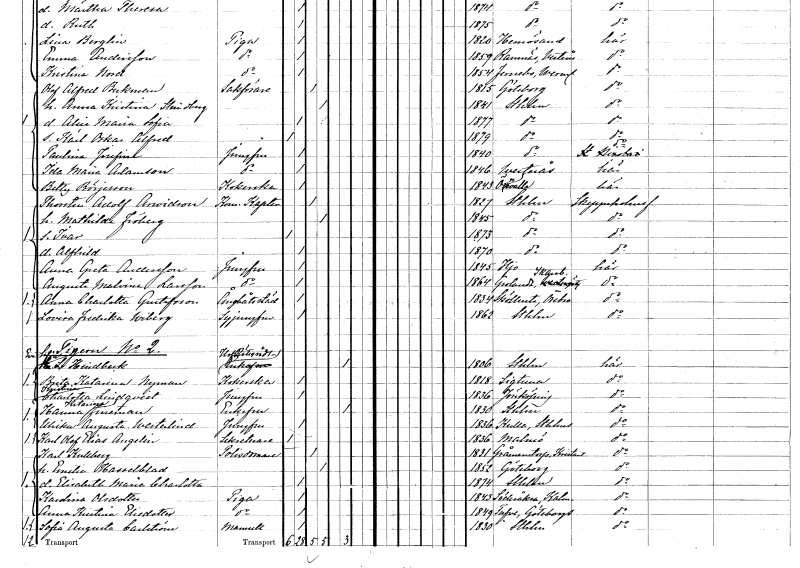
gt_parse: households: individuals: FN: Olof Alfred
EN: Beckman
YRKE: Sakförare
KON: M
CIV: G
FODAR: 1815
FODFORS: Göteborg Göteborgs- och Bohuslän
FN: Anna Kristina
EN: Strindberg
KON: K
CIV: G
FODAR: 1841
FODFORS: Stockholm
FN: Alice Maria Sofia
KON: K
CIV: O
FODAR: 1877
FODFORS: Stockholm
FN: Karl Oskar Alfred
KON: M
CIV: O
FODAR: 1879
FODFORS: Stockholm
FN: Paulina Josefina
YRKE: Jungfru
KON: K
CIV: O
FODAR: 1840
FODFORS: Stockholm
FN: Ida Maria
EN: Adamsson
YRKE: Jungfru
KON: K
CIV: O
FODAR: 1846
FODFORS: Västerås Västmanlands län
FN: Betty
EN: Börjesson
YRKE: Kokerska
KON: K
CIV: O
FODAR: 1843
FODFORS: Öxnevalla Älvsborgs län
FN: Thorsten Adolf
EN: Arwidson
YRKE: Kommendörkapten
KON: M
CIV: G
FODAR: 1827
FODFORS: Stockholm
FN: Mathilda
EN: Fröberg
KON: K
CIV: G
FODAR: 1845
FODFORS: Stockholm
FN: Ivar
KON: M
CIV: O
FODAR: 1873
FODFORS: Stockholm
FN: Alfhild
KON: K
CIV: O
FODAR: 1870
FODFORS: Stockholm
FN: Anna Greta
EN: Andersson
YRKE: Jungfru
KON: K
CIV: O
FODAR: 1845
FODFORS: Hjo Skaraborgs län
FN: Augusta Malvina
EN: Larsson
YRKE: Jungfru
KON: K
CIV: O
FODAR: 1864
FODFORS: Grolanda Skaraborgs län
FN: Anna Charlotta
EN: Gustafsson
YRKE: Ångbåtsstäderska
KON: K
CIV: O
FODAR: 1834
FODFORS: Sköllersta Örebro län
FN: Lovisa Fredrika
EN: Wiberg
YRKE: Syjungfru
KON: K
CIV: O
FODAR: 1862
FODFORS: Stockholm
FN: Eva Sofia
EN: Hindbeck
YRKE: Hovrättsrådsänka
KON: K
CIV: E
FODAR: 1806
FODFORS: Stockholm
FN: Brita Katarina
EN: Nyman
YRKE: Kokerska
KON: K
CIV: O
FODAR: 1818
FODFORS: Sigtuna Stockholms län
FN: Kristina Charlotta
EN: Lindqvist
YRKE: Jungfru
KON: K
CIV: O
FODAR: 1836
FODFORS: Jönköping Jönköpings län
FN: Hanna Katarina
EN: Fineman
KON: K
CIV: E
FODAR: 1830
FODFORS: Stockholm
FN: Ulrika Augusta
EN: Westerlind
YRKE: Jungfru
KON: K
CIV: O
FODAR: 1836
FODFORS: Kulla Stockholms län
FN: Karl Olof Elias
EN: Angelin
YRKE: Sekreterare
KON: M
CIV: O
FODAR: 1836
FODFORS: Malmö Malmöhus län
FN: Karl
EN: Kullberg
YRKE: Polisdomare
KON: M
CIV: G
FODAR: 1831
FODFORS: Gråmanstorp Kristianstads län
FN: Emelia
EN: Hasselblad
KON: K
CIV: G
FODAR: 1852
FODFORS: Göteborg Göteborgs- och Bohuslän
FN: Elisabeth Maria Charlotta
KON: K
CIV: O
FODAR: 1874
FODFORS: Stockholm
FN: Karolina
EN: Olsdotter
YRKE: Piga
KON: K
CIV: O
FODAR: 1843
FODFORS: Söderåkra Kalmar län
FN: Anna Kristina
EN: Elisdotter
YRKE: Piga
KON: K
CIV: O
FODAR: 1849
FODFORS: Tuve Göteborgs- och Bohuslän
FN: Sofia Augusta
EN: Carlström
KON: K
CIV: O
FODAR: 1830
FODFORS: Stockholm